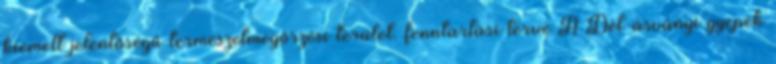
kiemelt jelentőségű természetmegőrzési terület. fenntartási terve A Dél-ásványi gyepek